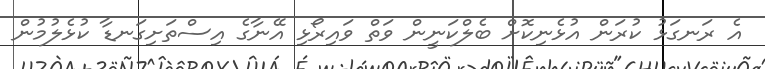
އެ ރަނގަޅު ކުރަން އުޅެނިކޮށް ބެލްކަނީން ވަތް ވައިރޯޅި އޭނާގެ އިސްތަށިގަނޑާ ކުޅެލުމުން